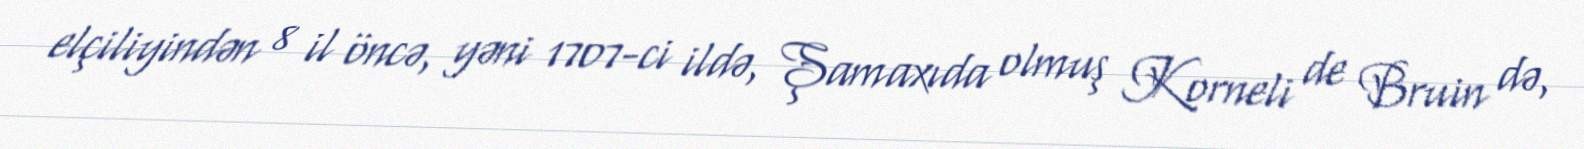
elçiliyindən 8 il öncə, yəni 1707-ci ildə, Şamaxıda olmuş Korneli de Bruin də,